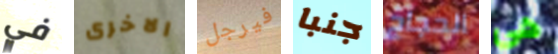
في الاخرى فيرجل جنبا الحجاج هي